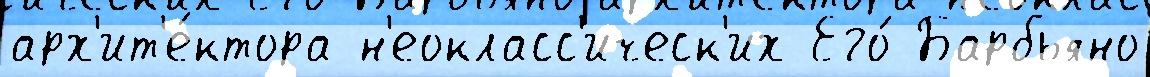
арх'ит'е́ктора н'еокласс'ическ'их Его́ Барбьяно